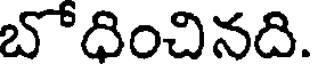
బోదించినది.